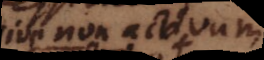
sive non activum